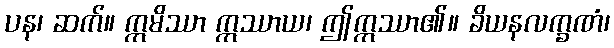
ပန၊ ဆက်။ ဣမိဿာ ဣဿာယ၊ ဤဣဿာ၏။ ခိယနလက္ခဏံ၊